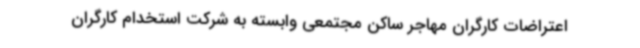
اعتراضات کارگران مهاجر ساکن مجتمعی وابسته به شرکت استخدام کارگران